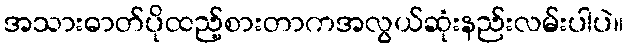
အသားဓာတ်ပိုထည့်စားတာကအလွယ်ဆုံးနည်းလမ်းပါပဲ။